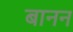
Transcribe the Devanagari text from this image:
बानन